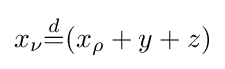
x_{\nu }{\overset {d}{=}}(x_{\rho }+y+z)